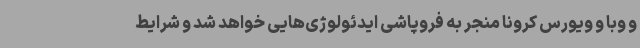
و وبا و ویورس کرونا منجر به فروپاشی ایدئولوژی‌هایی خواهد شد و شرایط